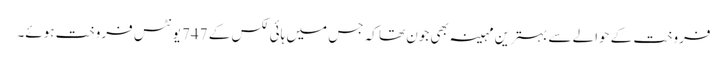
فروخت کے حوالے سے بہترین مہینہ بھی جون تھا کہ جس میں ہائی لکس کے 747 یونٹس فروخت ہوئے۔